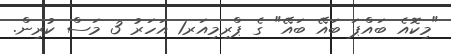
"މިކޮއެ ބައްޕަ ބައޭ ބައޭ" ގެ ޕްރިމިއަރ1 އަހަރު 3 މަސް ކުރިން.